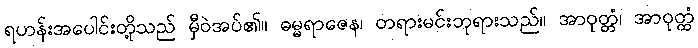
ရဟန်းအပေါင်းတို့သည် မှီဝဲအပ်၏။ ဓမ္မရာဇေန၊ တရားမင်းဘုရားသည်။ အာဝုတ္တံ၊ အာဝုတ္ထံ